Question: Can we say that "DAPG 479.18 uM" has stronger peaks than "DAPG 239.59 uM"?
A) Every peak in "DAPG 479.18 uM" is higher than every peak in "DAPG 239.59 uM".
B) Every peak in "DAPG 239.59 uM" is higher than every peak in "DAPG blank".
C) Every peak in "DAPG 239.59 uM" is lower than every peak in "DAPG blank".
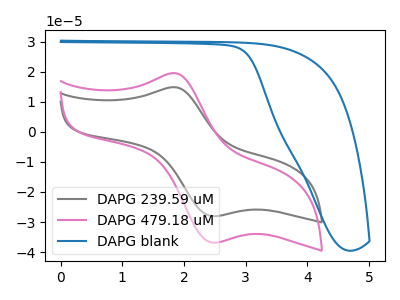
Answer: <think>The gray curve "DAPG 239.59 uM" has an anodic peak at (1.80V, 14.90uA) and a cathodic peak at (2.45V, -28.05uA). The pink curve "DAPG 479.18 uM" has an anodic peak at (1.80V, 19.60uA) and a cathodic peak at (2.45V, -36.85uA). The blue curve "DAPG blank" has no peaks.</think>
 <answer>A) Every peak in "DAPG 479.18 uM" is higher than every peak in "DAPG 239.59 uM".</answer>
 <eval>A</eval>